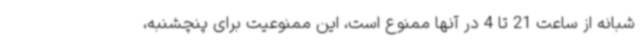
شبانه از ساعت 21 تا 4 در آنها ممنوع است، این ممنوعیت برای پنچشنبه،